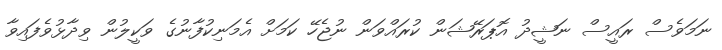
ނަމަވެސް ރައީސް ނަޝީދު އޮޕަރޭޝަން ކުރައްވަން ނުޖެހޭ ކަމަށް އެމަނިކުފާނުގެ ވަކީލުން ވިދާޅުވެފައިވާ